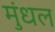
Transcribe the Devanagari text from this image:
मुंधल